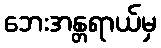
ဘေးအန္တရာယ်မှ